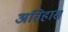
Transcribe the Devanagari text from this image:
अतिहास